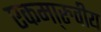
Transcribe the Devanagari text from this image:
एकमा्रुवीय